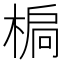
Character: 𣕄